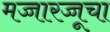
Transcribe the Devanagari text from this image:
मज्जारज्जूचा